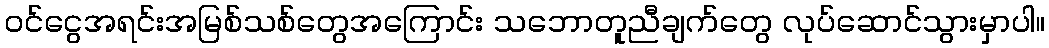
ဝင်ငွေအရင်းအမြစ်သစ်တွေအကြောင်း သဘောတူညီချက်တွေ လုပ်ဆောင်သွားမှာပါ။